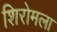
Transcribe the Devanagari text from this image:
शिरोमला